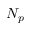
N _ { p }